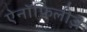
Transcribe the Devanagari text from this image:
ऐनॉफ़िलीज़